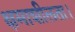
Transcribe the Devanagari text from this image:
क्षमाशीलता।